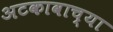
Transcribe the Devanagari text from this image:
अटकावाच्या